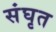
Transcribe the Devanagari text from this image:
संघृत